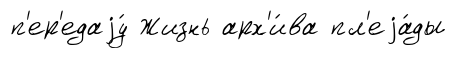
п'ер'едаjу́ Жизнь арх'и́ва пл'еjа́ды